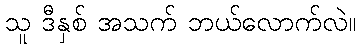
သူ ဒီနှစ် အသက် ဘယ်လောက်လဲ။